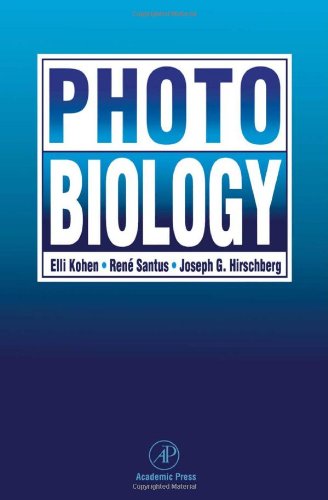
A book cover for Photobiology; Elli Kohen; Science & Math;